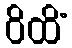
ဝိထိံ